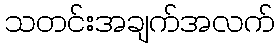
သတင်းအချက်အလက်